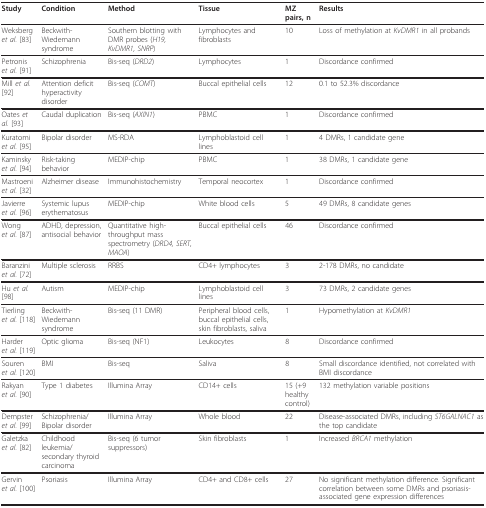
<table><thead><tr><td><b>Study</b></td><td><b>Condition</b></td><td><b>Method</b></td><td><b>Tissue</b></td><td><b>MZ pairs, n</b></td><td><b>Results</b></td></tr></thead><tbody><tr><td>Weksberg <i>et al. </i>[83]</td><td>Beckwith-Wiedemann syndrome</td><td>Southern blotting with DMR probes (<i>H19, KvDMR1, SNRP</i>)</td><td>Lymphocytes and fibroblasts</td><td>10</td><td>Loss of methylation at <i>KvDMR1 </i>in all probands</td></tr><tr><td>Petronis <i>et al. </i>[91]</td><td>Schizophrenia</td><td>Bis-seq (<i>DRD2</i>)</td><td>Lymphocytes</td><td>1</td><td>Discordance confirmed</td></tr><tr><td>Mill <i>et al. </i>[92]</td><td>Attention deficit hyperactivity disorder</td><td>Bis-seq (<i>COMT</i>)</td><td>Buccal epithelial cells</td><td>12</td><td>0.1 to 52.3% discordance</td></tr><tr><td>Oates <i>et al. </i>[93]</td><td>Caudal duplication</td><td>Bis-seq (<i>AXIN1</i>)</td><td>PBMC</td><td>1</td><td>Discordance confirmed</td></tr><tr><td>Kuratomi <i>et al. </i>[95]</td><td>Bipolar disorder</td><td>MS-RDA</td><td>Lymphoblastoid cell lines</td><td>1</td><td>4 DMRs, 1 candidate gene</td></tr><tr><td>Kaminsky <i>et al. </i>[94]</td><td>Risk-taking behavior</td><td>MEDIP-chip</td><td>PBMC</td><td>1</td><td>38 DMRs, 1 candidate gene</td></tr><tr><td>Mastroeni <i>et al. </i>[32]</td><td>Alzheimer disease</td><td>Immunohistochemistry</td><td>Temporal neocortex</td><td>1</td><td>Discordance confirmed</td></tr><tr><td>Javierre <i>et al. </i>[96]</td><td>Systemic lupus erythematosus</td><td>MEDIP-chip</td><td>White blood cells</td><td>5</td><td>49 DMRs, 8 candidate genes</td></tr><tr><td>Wong <i>et al. </i>[87]</td><td>ADHD, depression, antisocial behavior</td><td>Quantitative high-throughput mass spectrometry (<i>DRD4, SERT, MAOA</i>)</td><td>Buccal epithelial cells</td><td>46</td><td>Discordance confirmed</td></tr><tr><td>Baranzini <i>et al. </i>[72]</td><td>Multiple sclerosis</td><td>RRBS</td><td>CD4+ lymphocytes</td><td>3</td><td>2-178 DMRs, no candidate</td></tr><tr><td>Hu <i>et al. </i>[98]</td><td>Autism</td><td>MEDIP-chip</td><td>Lymphoblastoid cell lines</td><td>3</td><td>73 DMRs, 2 candidate genes</td></tr><tr><td>Tierling <i>et al. </i>[118]</td><td>Beckwith-Wiedemann syndrome</td><td>Bis-seq (11 DMR)</td><td>Peripheral blood cells, buccal epithelial cells, skin fibroblasts, saliva</td><td>1</td><td>Hypomethylation at <i>KvDMR1</i></td></tr><tr><td>Harder <i>et al. </i>[119]</td><td>Optic glioma</td><td>Bis-seq (NF1)</td><td>Leukocytes</td><td>8</td><td>Discordance confirmed</td></tr><tr><td>Souren <i>et al. </i>[120]</td><td>BMI</td><td>Bis-seq</td><td>Saliva</td><td>8</td><td>Small discordance identified, not correlated with BMI discordance</td></tr><tr><td>Rakyan <i>et al. </i>[90]</td><td>Type 1 diabetes</td><td>Illumina Array</td><td>CD14+ cells</td><td>15 (+9 healthy control)</td><td>132 methylation variable positions</td></tr><tr><td>Dempster <i>et al. </i>[99]</td><td>Schizophrenia/Bipolar disorder</td><td>Illumina Array</td><td>Whole blood</td><td>22</td><td>Disease-associated DMRs, including <i>ST6GALNAC1 </i>as the top candidate</td></tr><tr><td>Galetzka <i>et al. </i>[82]</td><td>Childhood leukemia/secondary thyroid carcinoma</td><td>Bis-seq (6 tumor suppressors)</td><td>Skin fibroblasts</td><td>1</td><td>Increased <i>BRCA1 </i>methylation</td></tr><tr><td>Gervin <i>et al. </i>[100]</td><td>Psoriasis</td><td>Illumina Array</td><td>CD4+ and CD8+ cells</td><td>27</td><td>No significant methylation difference. Significant correlation between some DMRs and psoriasis-associated gene expression differences</td></tr></tbody></table>